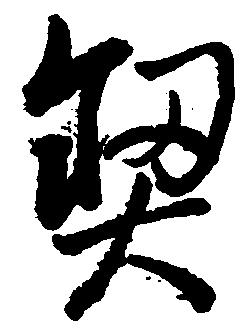
契